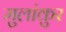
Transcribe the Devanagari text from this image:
मुलांकुर